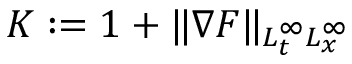
K : = 1 + \| \nabla F \| _ { L _ { t } ^ { \infty } L _ { x } ^ { \infty } }